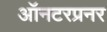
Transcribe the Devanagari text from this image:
ऑनटरप्रनर